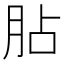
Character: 胋